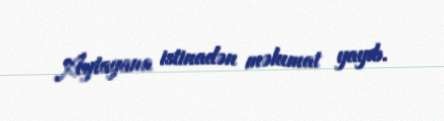
Aytayana istinadən məlumat yayıb.